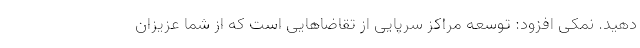
دهید. نمکی افزود: توسعه مراکز سرپایی از تقاضاهایی است که از شما عزیزان